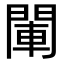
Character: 閳